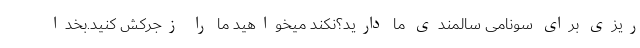
ریزی برای سونامی سالمندی ما دارید؟نکند میخواهید ما را زجرکُش کنید.بخدا